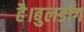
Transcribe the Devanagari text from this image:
है।बुलडॉग